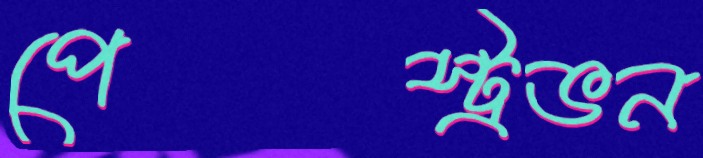
পেস্ট্রভন